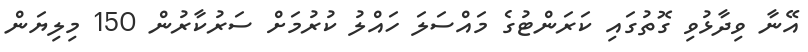
އޭނާ ވިދާޅުވި ގޮތުގައި ކަރަންޓުގެ މައްސަލަ ހައްލު ކުރުމަށް ސަރުކާރުން 150 މިލިޔަން